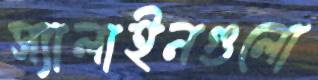
স্যালাইনগুলো